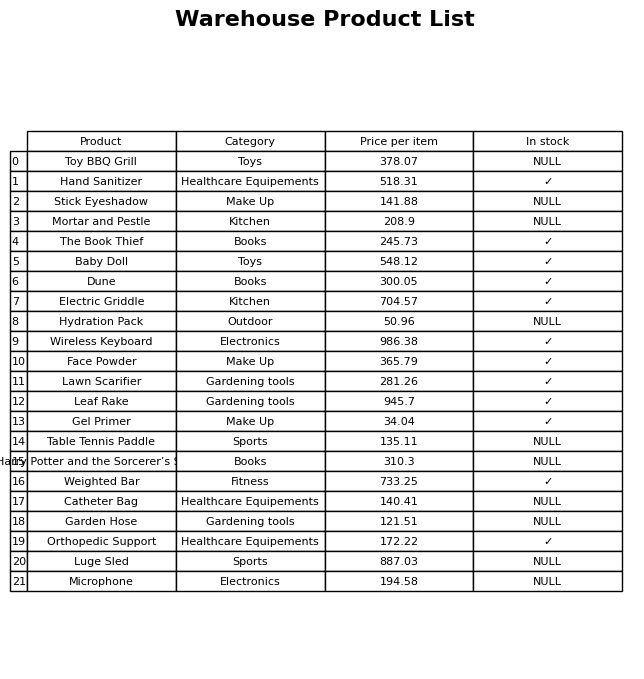
question: What category does the Face Powder belong to?
answer: Make Up